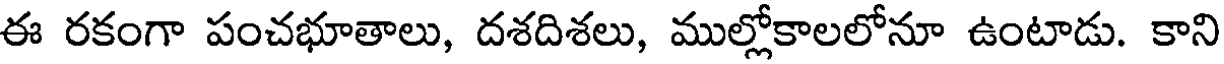
ఈ రకంగా పంచభూతాలు, దశదిశలు, ముల్లోకాలలోనూ ఉంటాడు. కాని